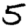
Digit: 5